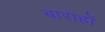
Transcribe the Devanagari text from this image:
बाराहों